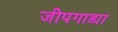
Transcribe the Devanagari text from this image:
जीपगाड्या